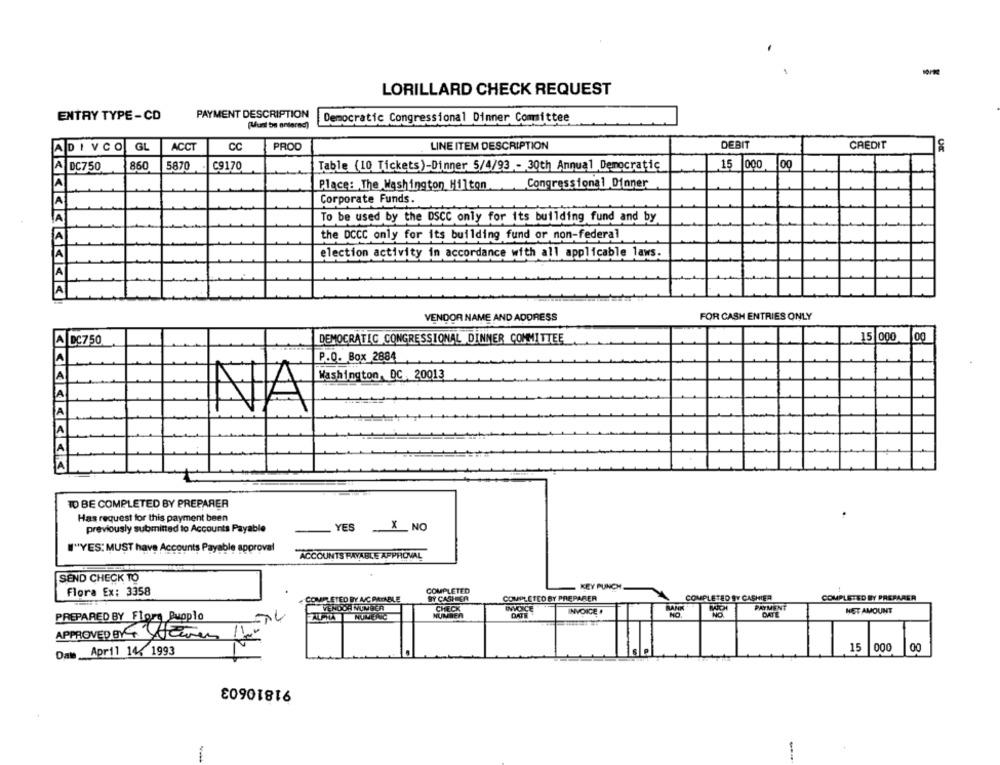
LORILLARD CHECK REQUEST
PAYMENT DESCRIPTION
ENTRY TYPE-CD
Democratic Congressional Dinner Comittee
(Mun be anternc))
ACCT
CC
PROD
LINE ITEM DESCRIPTION
DEBIT
CREDIT
DIVCO GL
DC750
860
5870
C9170
Table (10 Tickets)-Dinner 5/4/93 - 30th Annual Democratic
15 000
.15
Place: The Washington Hilton
Congressional Dinner
Corporate Funds.
To be used by the DSCC only for its building fund and by
the DCCC only for its building fund or non-federal
election activity in accordance with all applicable laws.
VENDOR NAME AND ADDRESS
FOR CASH ENTRIES ONLY
A DC750
DEMOCRATIC CONGRESSIONAL DINNER COMMITTEE
15 000 00
P.O. Box 2884
Washington, DC, 20013
A
A
TO BE COMPLETED BY PREPARER
Has request for this payment been
previously submitted to Accounts Payable
YES X NO
W"YES: MUST have Accounts Payable approval
ACCOUNTS PAYABLE APPROVAL
SEND CHECK TO
COMPLETED
KEY PUNCH
Flora Ex: 3358
BY CASHIER
COMPLETED BY PREPARER
COMPLETED BY CASHIER
COME ETED BY A/C PAYABLE
RANK
COMPLETED BY PREPARER
VENDOR NUMBER
CHECK
INVOICE
DATE
INVOICE #
NO
NO
PAYMENT
DATE
NET AMOUNT
PREPARED BY Flore Buoplo
NUMBER
APPROVED BY THEuu
April 14, 1993
15 000
00
Date
91810603